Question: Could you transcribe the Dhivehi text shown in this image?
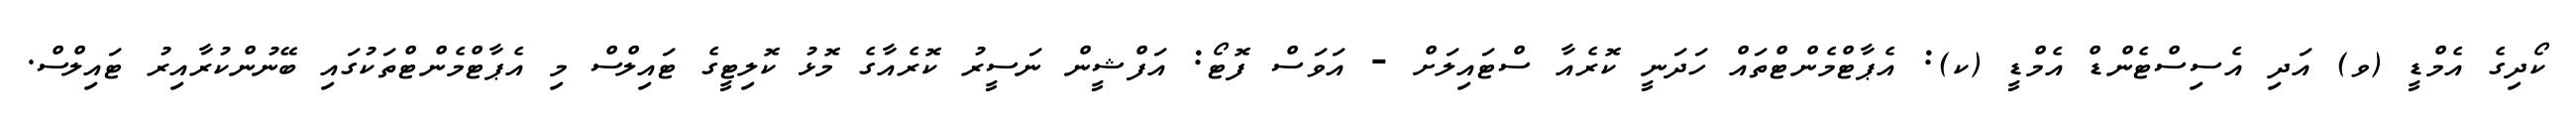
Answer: ކޯދިގެ އެމްޑީ (ވ) އަދި އެސިސްޓެންޑް އެމްޑީ (ކ): އެޕާޓްމެންޓްތައް ހަދަނީ ކޮރެއާ ސްޓައިލަށް - އަވަސް ފޮޓޯ: އަފްޝީން ނަސީރު ކޮރެއާގެ މޮޅު ކޮލިޓީގެ ޓައިލްސް މި އެޕާޓްމެންޓްތަކުގައި ބޭނުންކުރާއިރު ޓައިލްސް.